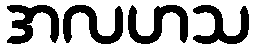
အလဟသ